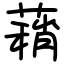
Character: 蕱